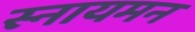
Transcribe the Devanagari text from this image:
स्नायमन